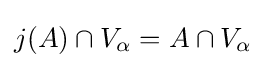
j(A)\cap V_{\alpha }=A\cap V_{\alpha }